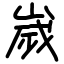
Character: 嵗